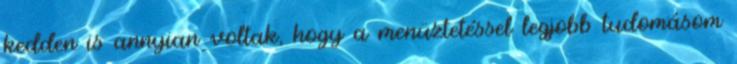
kedden is annyian voltak, hogy a menüztetéssel legjobb tudomásom